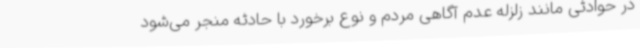
در حوادثی مانند زلزله عدم آگاهی مردم و نوع برخورد با حادثه منجر می‌شود